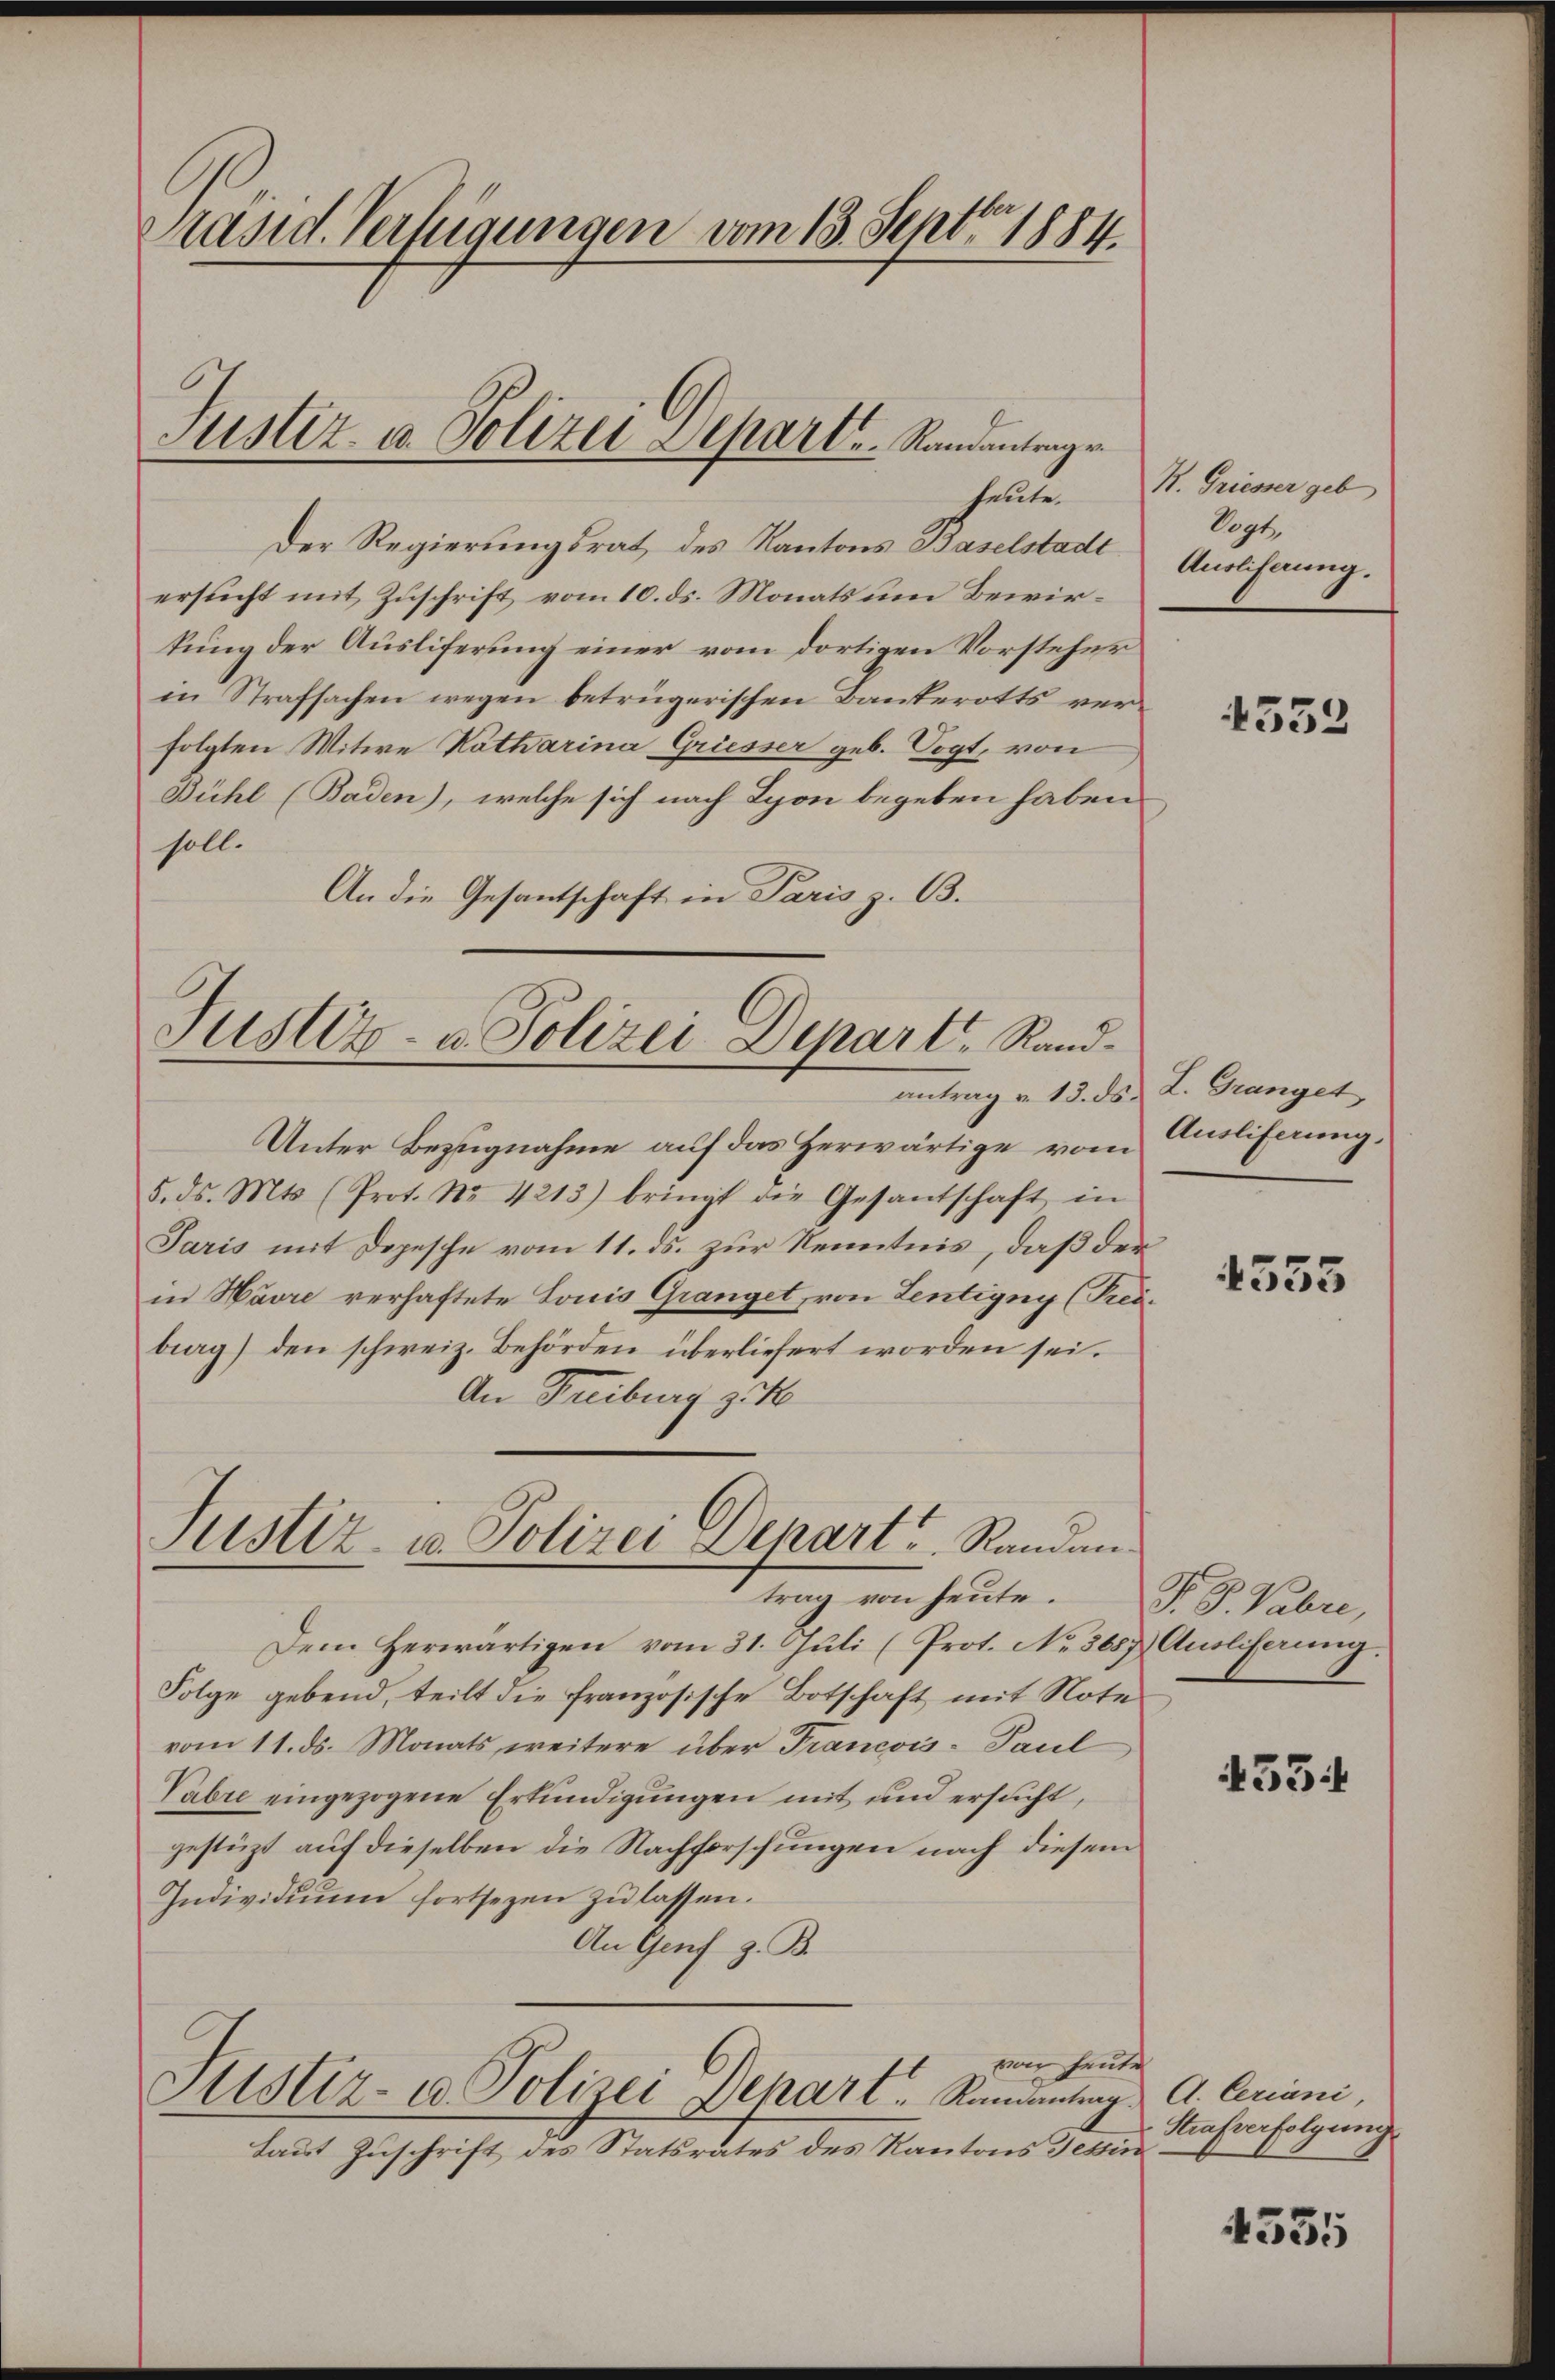
Präsid. Verfügungen vom 13. Septbr. 1884
Justiz- u. Polizei Depart . . . Standantragen
heute.

Der Regierungsrat des Kantons Baselstadt
ersucht mit Zuschrift vom 10. ds. Monats um Bewirkung der Ausliferung einer vom dortigen Vorsteher
in Strafsachen wegen betrügerischen Bauterotts verfolgten Witwe Katharina Griesser geb. Vogt, von
Bühl (Baden), welche sich nach Lyon begeben haben.
soll.
An die Gesandtschaft in Paris z. B.

Justiz- u. Polizei Departe Rand¬

Justiz- u. Polizei Depart Randen.
trag von heute.

Unter Bezugnahme auf das Herwärtige vom Ausliferung,
5. ds. Mts. (Prot. Nr. 4213) bringt die Gesantschaft in
Paris mit Depesche vom 11. ds. zur Kenntnis, daß der
in Havre verhaftete Louis Granget, von Lentigny (Preiberg) den schweiz. Behörden überliefert worden sei.
An Freiburg zu

Dem herwärtigen vom 31. Jŭli (Prot. No. 3687) Ausliferung.
Folge gebend, teilt die französische Botschaft mit Note
vom 11. ds. Monats weitere über Francois- Paul
Vabre eingezogene Erkundigungen mit und ersucht,
gestüzt auf dieselben die Nachforschungen nach diesem
Individuum fortsezen zu lassen.
An Genf z. B.

von heute
Alstiz- u Polizei Depart.   Randanting A. Ceriani,

laut Zuschrift des Statsrates des Kantons Tessin

St. Griesser geb
Eegt,
Auslichnung.

4353

antrag v. 13. ds L. Granget

1355

T. S. Fabri,

433

Strafverfolgung

4555